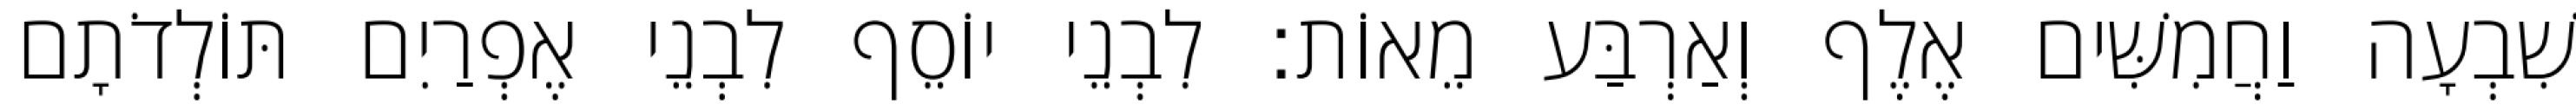
שִׁבְעָה וַחֲמִשִּׁים אֶלֶף וְאַרְבַּע מֵאוֹת׃ לִבְנֵי יוֹסֵף לִבְנֵי אֶפְרַיִם תּוֹלְדֹתָם